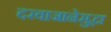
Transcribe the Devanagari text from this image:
दरवाजानेसुद्धा